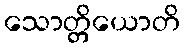
သောတ္တိယောတိ